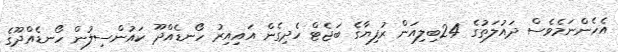
އެހެންނަމެވެސް ދައުލަތުގެ 24ބިލިއަން ރުފިޔާގެ ބަޖެޓް ހެދިގެން އައިއިރު ހޯނޑެއްދޫ ކައުންސިލުން ހޯނޑެއްދޫގެ